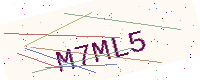
Text: M7ML5